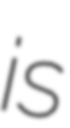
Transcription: is